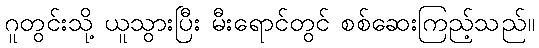
ဂူတွင်းသို့ ယူသွားပြီး မီးရောင်တွင် စစ်ဆေးကြည့်သည်။